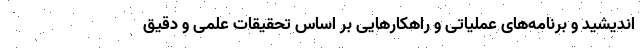
اندیشید و برنامه‌های عملیاتی و راهکارهایی بر اساس تحقیقات علمی و دقیق